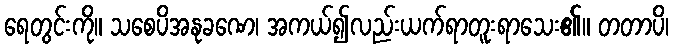
ရေတွင်းကို။ သစေပိအနုခဏေ၊ အကယ်၍လည်းယက်ရာတူးရာသေး၏။ တတာပိ၊